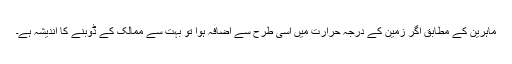
ماہرین کے مطابق اگر زمین کے درجہ حرارت میں اسی طرح سے اضافہ ہوا تو بہت سے ممالک کے ڈوبنے کا اندیشہ ہے۔